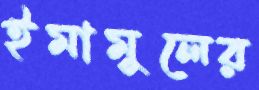
ইমামুলের